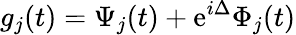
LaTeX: g_{j}(t)=\Psi_{j}(t)+\mathrm{e}^{i\Delta}\Phi_{j}(t)